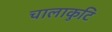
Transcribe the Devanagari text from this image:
चालाकुटि